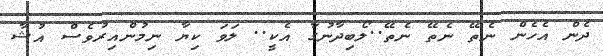
ދެން އެހެން ނެތޭ ނެތޭ ނެތޭ..ލޯބިދާނުގާ އެކީ.. ލަވަ ކިޔާ ނިމުންއިރުވެސް އުޝާ